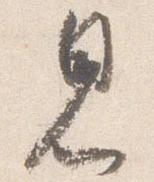
見